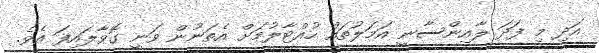
އަދި މި ފަދަ ލާއިންސާނީ އަމަލުތައް ހުއްޓާލުމަށް އެތަނުން ވަނީ ގޮވާލައިފަ އެވެ.